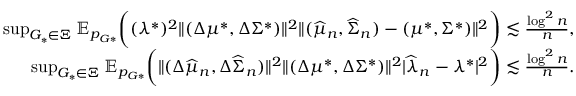
\begin{array} { r } { \operatorname* { s u p } _ { G _ { * } \in \Xi } \mathbb { E } _ { p _ { G * } } \biggr ( ( \lambda ^ { * } ) ^ { 2 } \| ( \Delta \mu ^ { * } , \Delta \Sigma ^ { * } ) \| ^ { 2 } \| ( \widehat { \mu } _ { n } , \widehat { \Sigma } _ { n } ) - ( \mu ^ { * } , \Sigma ^ { * } ) \| ^ { 2 } \biggr ) \lesssim \frac { \log ^ { 2 } n } { n } , } \\ { \operatorname* { s u p } _ { G _ { * } \in \Xi } \mathbb { E } _ { p _ { G * } } \biggr ( \| ( \Delta \widehat { \mu } _ { n } , \Delta \widehat { \Sigma } _ { n } ) \| ^ { 2 } \| ( \Delta \mu ^ { * } , \Delta \Sigma ^ { * } ) \| ^ { 2 } | \widehat { \lambda } _ { n } - \lambda ^ { * } | ^ { 2 } \biggr ) \lesssim \frac { \log ^ { 2 } n } { n } . } \end{array}